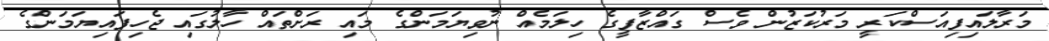
މަރާލައިފިއަސްކަރީ މަރުކަޒުން ވެސް ގައްޒާފީގެ ހިލަމެއް ނުވިޔަމަންގެ މައި ރަށްތައް ހާލުގައި ޖެހިފައިޔަމަންގެ